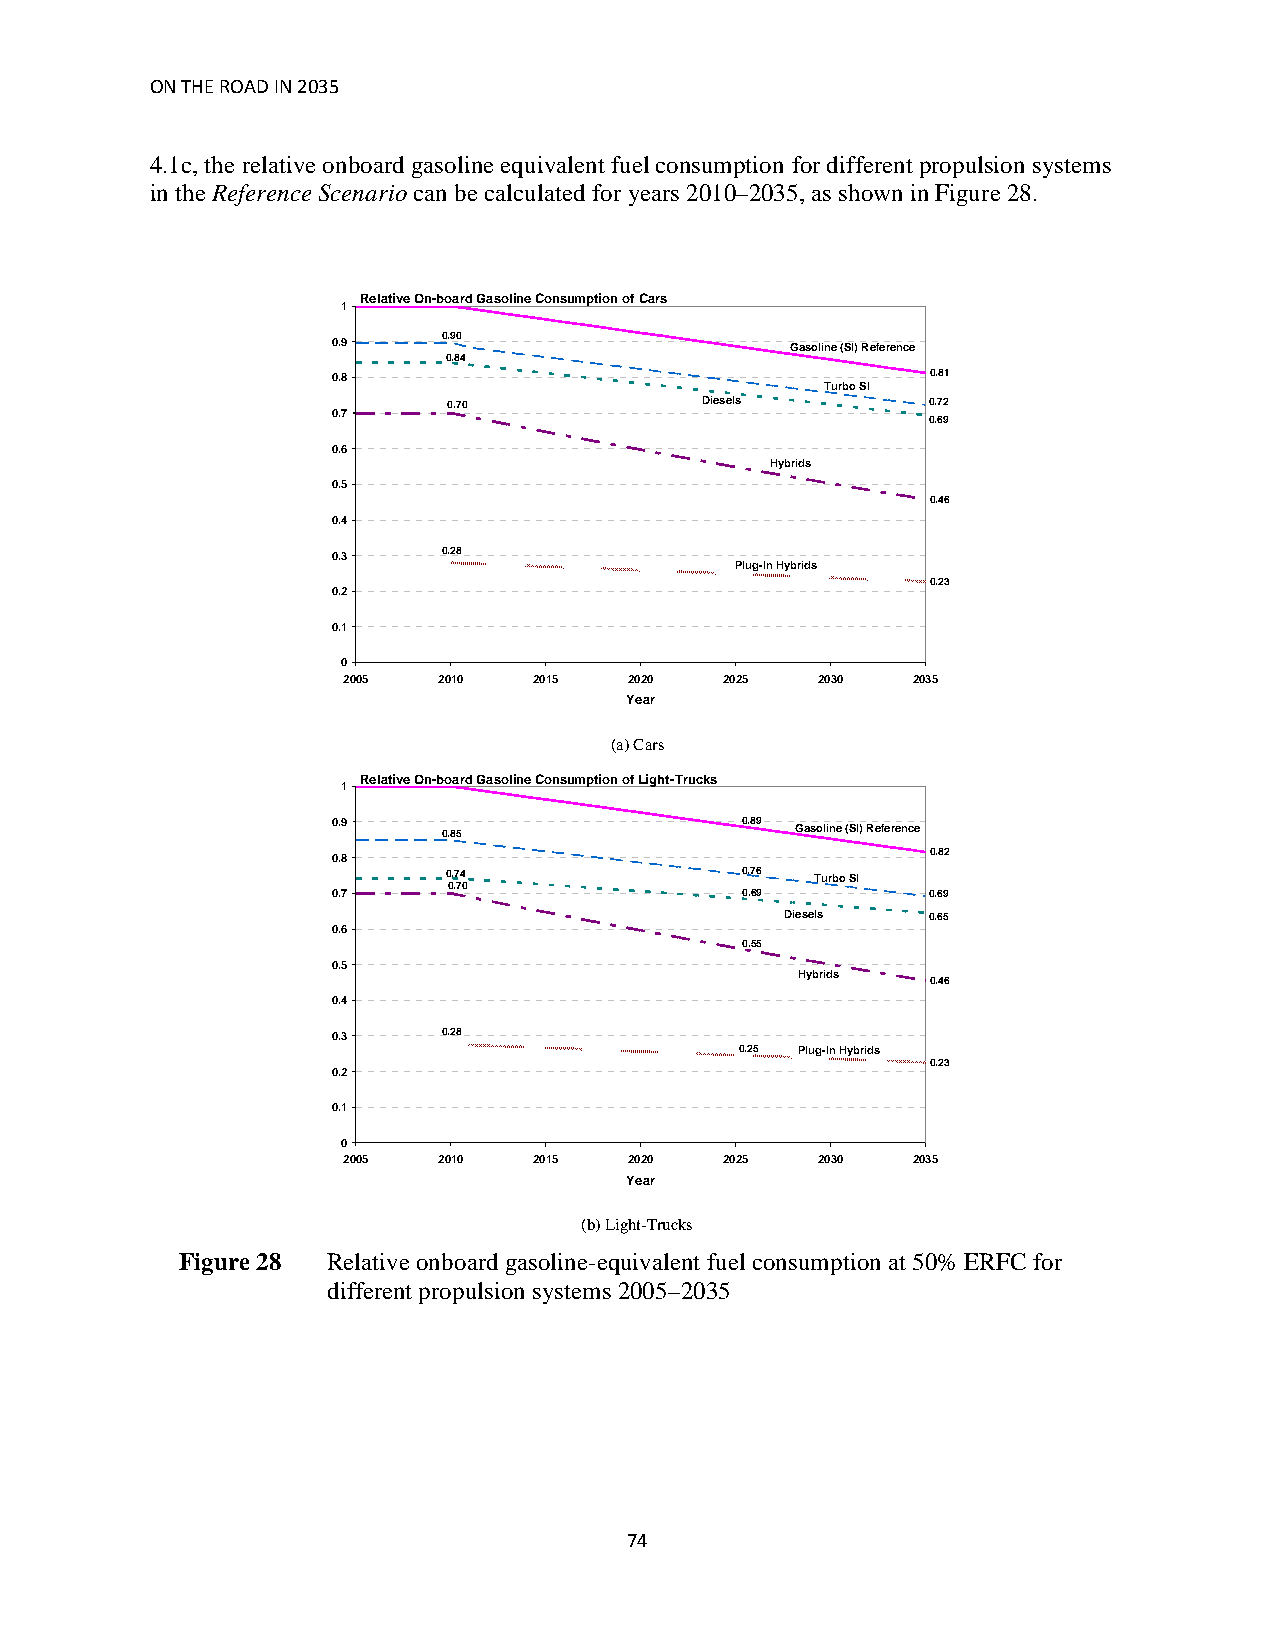
ON THE ROAD IN 2035
 4.1c, the relative onboard gasoline equivalent fuel consumption for different propulsion systems
 in the Reference Scenario can be calculated for years 2010–2035, as shown in Figure 28.
 Relative On-board Gasoline Consumption of Cars
 1
 0.9    0.90                   Gasoline (SI) Reference
 0.84
 0.8                                     0.81
 Turbo SI
 0.70            Diesels        0.72
 0.7                                    0.69
 0.6
 Hybrids
 0.5
 0.46
 0.4
 0.3    0.28
 Plug-In Hybrids
 0.23
 0.2
 0.1
 0
 2005  2010  2015   2020  2025  2030  2035
 Year
 (a) Cars
 Relative On-board Gasoline Consumption of Light-Trucks
 1
 0.9    0.85                0.89 Gasoline (SI) Reference
 0.8                                     0.82
 0.74               0.76 Turbo SI
 0.70
 0.7                        0.69        0.69
 Diesels  0.65
 0.6
 0.55
 0.5
 Hybrids
 0.46
 0.4
 0.3    0.28
 0.25 Plug-In Hybrids
 0.23
 0.2
 0.1
 0
 2005  2010  2015   2020  2025  2030  2035
 Year
 (b) Light-Trucks
 Figure 28 Relative onboard gasoline-equivalent fuel consumption at 50% ERFC for
 different propulsion systems 2005–2035
 74